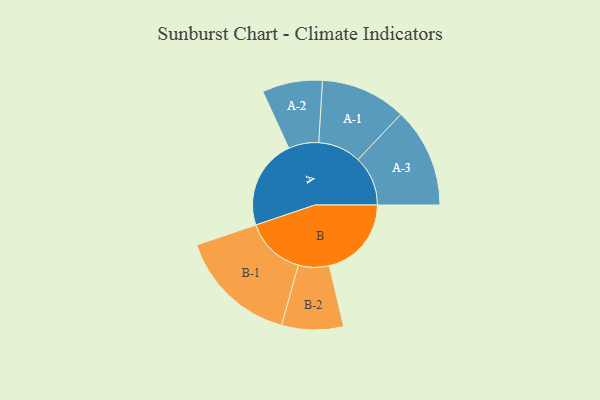
{"axis": {"x": "Segment", "y": "Value"}, "legend": ["", "A", "B"], "data": [{"x": "A", "y": 382, "type": ""}, {"x": "B", "y": 349, "type": ""}, {"x": "A-1", "y": 182, "type": "A"}, {"x": "A-2", "y": 128, "type": "A"}, {"x": "A-3", "y": 212, "type": "A"}, {"x": "B-1", "y": 254, "type": "B"}, {"x": "B-2", "y": 131, "type": "B"}]}